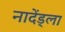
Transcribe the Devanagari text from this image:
नादेंड्ला